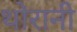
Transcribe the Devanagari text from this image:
थोरानी